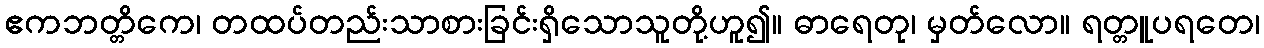
ဧကဘတ္တိကေ၊ တထပ်တည်းသာစားခြင်းရှိသောသူတို့ဟူ၍။ ဓာရေတု၊ မှတ်လော။ ရတ္တူပရတေ၊